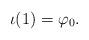
LaTeX: \begin{align*} \iota(1)=\varphi_0.\end{align*}